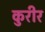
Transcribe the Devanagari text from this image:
कुरीर